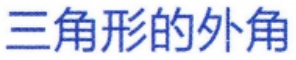
三角形的外角